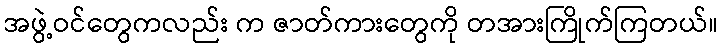
အဖွဲ့ဝင်တွေကလည်း က ဇာတ်ကားတွေကို တအားကြိုက်ကြတယ်။